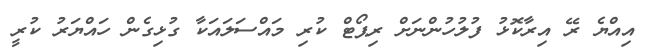
އިއްޔެ ރޭ އިރާކޮޅު ފުލުހުންނަށް ރިޕޯޓް ކުރި މައްސަލައަކާ ގުޅިގެން ހައްޔަރު ކުރީ